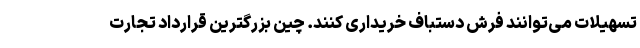
تسهیلات می‌توانند فرش دستباف خریداری کنند. چین بزرگترین قرارداد تجارت